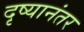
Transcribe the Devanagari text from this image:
दृष्यानंतर